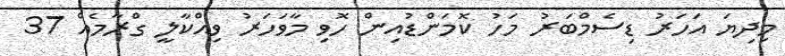
މިދިޔަ އަހަރު ޑިސެމްބަރު މަހު ކޮމަންޑުއިން ހޮވި މާވަހަރު ވިއްކާލީ ގްރާމެއް 37